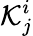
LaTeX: {\mathcal{K}}_{j}^{i}